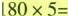
$$180×5=$$